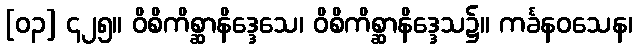
[၀၃] ၄၂၅။ ဝိစိကိစ္ဆာနိဒ္ဒေသေ၊ ဝိစိကိစ္ဆာနိဒ္ဒေသ၌။ ကင်္ခနဝသေန၊